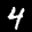
Label: 4